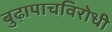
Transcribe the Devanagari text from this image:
बुढ़ापाचविरोधी